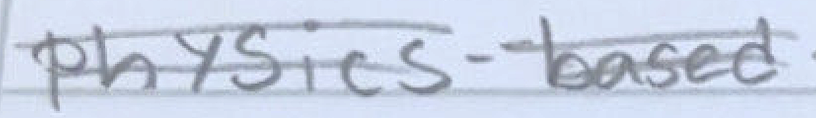
Text: physics-based
Cross-out: double-line
Writing tool: pencil